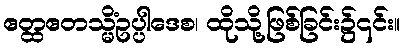
ဧတ္ထဧတသ္မိံဥပ္ပါဒေစ၊ ထိုသို့ဖြစ်ခြင်း၌၎င်း။